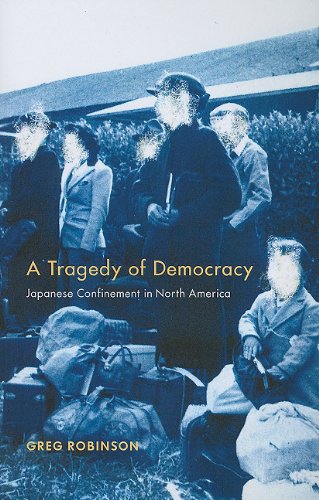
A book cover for A Tragedy of Democracy: Japanese Confinement in North America; Greg Robinson; Law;